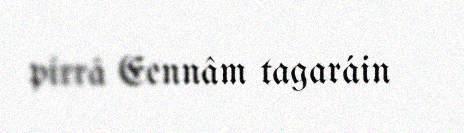
pirrâ Eennâm tagaráin